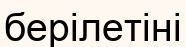
берілетіні